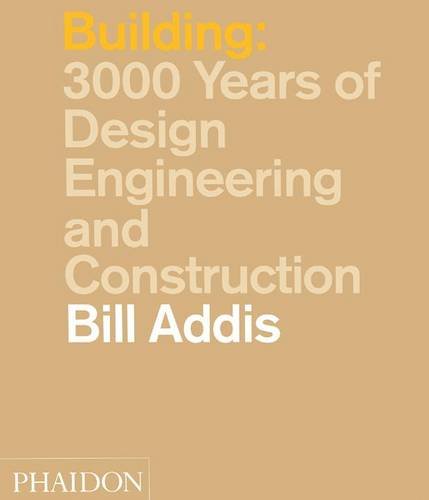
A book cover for Building: 3,000 Years of Design, Engineering and Construction; Bill Addis; Engineering & Transportation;